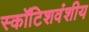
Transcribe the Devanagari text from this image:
स्कॉटिशवंशीय